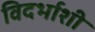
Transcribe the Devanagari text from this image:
विदर्भाशी